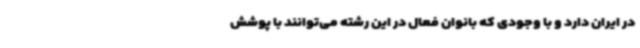
در ایران دارد و با وجودی که بانوان فعال در این رشته می‌توانند با پوشش